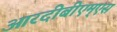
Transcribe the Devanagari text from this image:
आरदीबीएम्एस